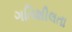
ગતિશીલતા